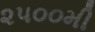
૨૫૦૦મી